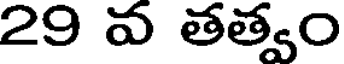
29 వ తత్వం